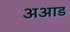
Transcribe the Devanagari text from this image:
अआड